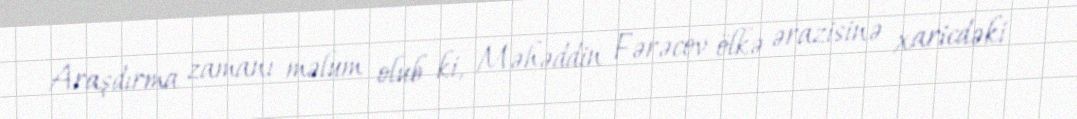
Araşdırma zamanı məlum olub ki, Məhəddin Fərəcov ölkə ərazisinə xaricdəki